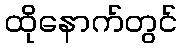
ထိုနောက်တွင်